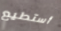
أستطيع